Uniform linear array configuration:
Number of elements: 16
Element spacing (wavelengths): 1
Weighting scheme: hann
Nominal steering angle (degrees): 0
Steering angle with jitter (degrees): -1.156
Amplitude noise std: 0.05
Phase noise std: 0.05

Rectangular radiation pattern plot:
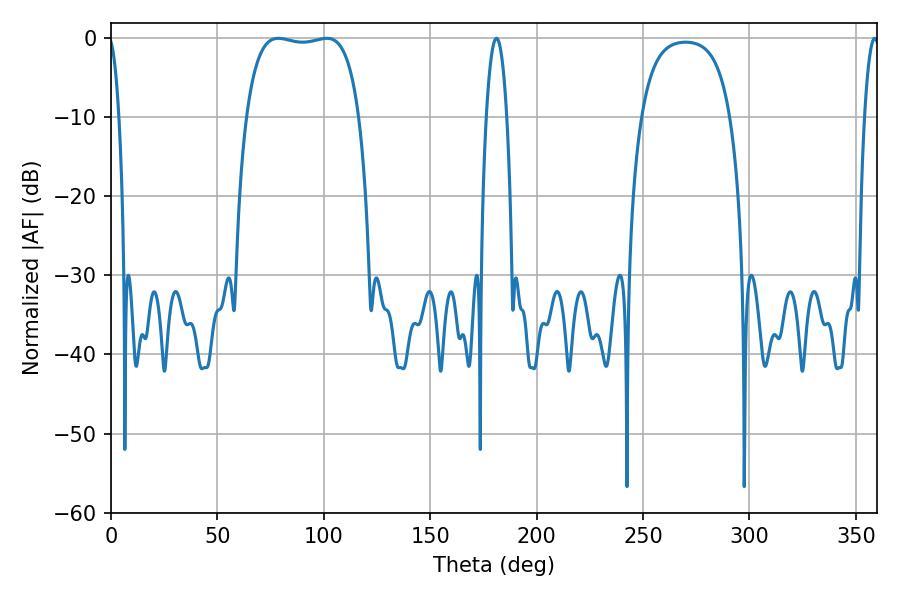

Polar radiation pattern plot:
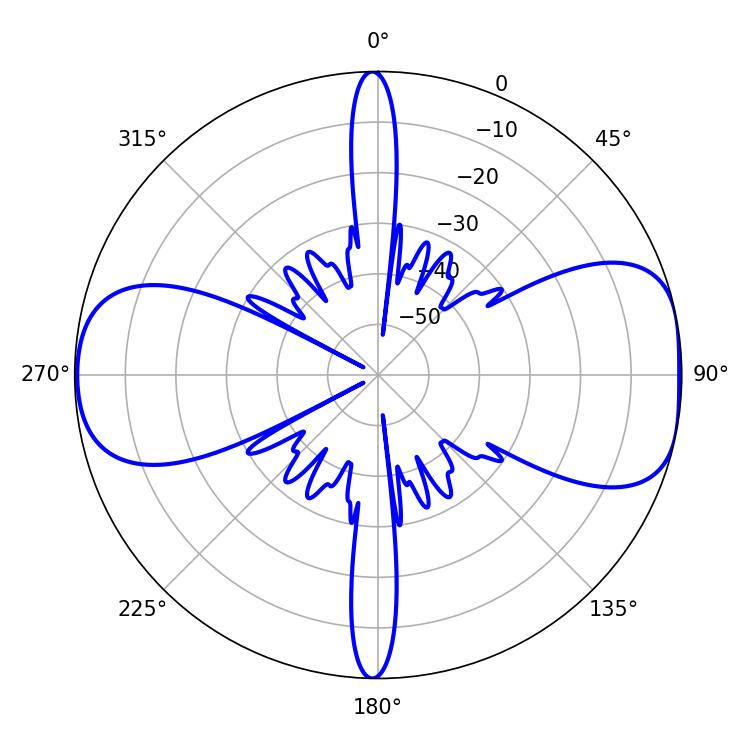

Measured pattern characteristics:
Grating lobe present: TRUE
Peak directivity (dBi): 8.926
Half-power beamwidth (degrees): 42.12
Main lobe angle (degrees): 78.66